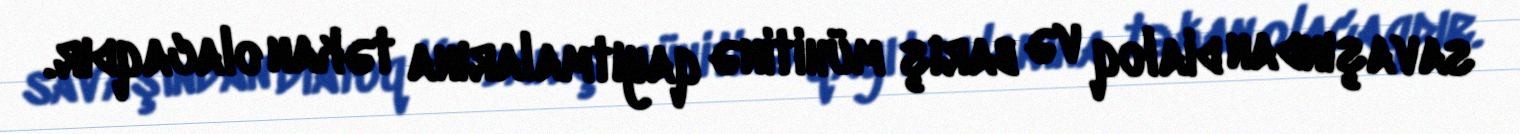
savaşından dialoq və barış mühitinə qayıtmalarına təkan olacaqdır.